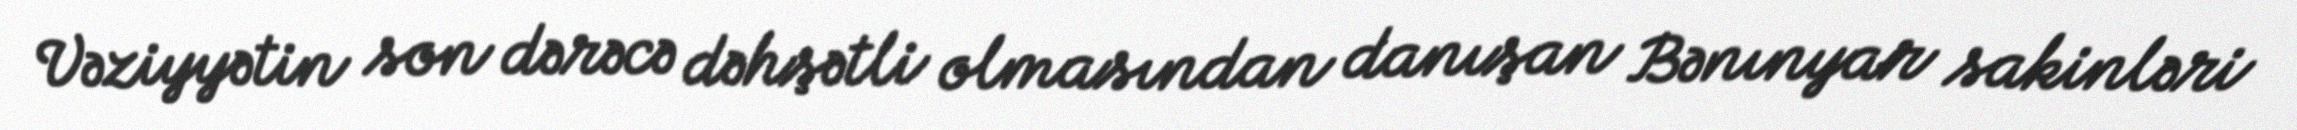
Vəziyyətin son dərəcə dəhşətli olmasından danışan Bənınyar sakinləri